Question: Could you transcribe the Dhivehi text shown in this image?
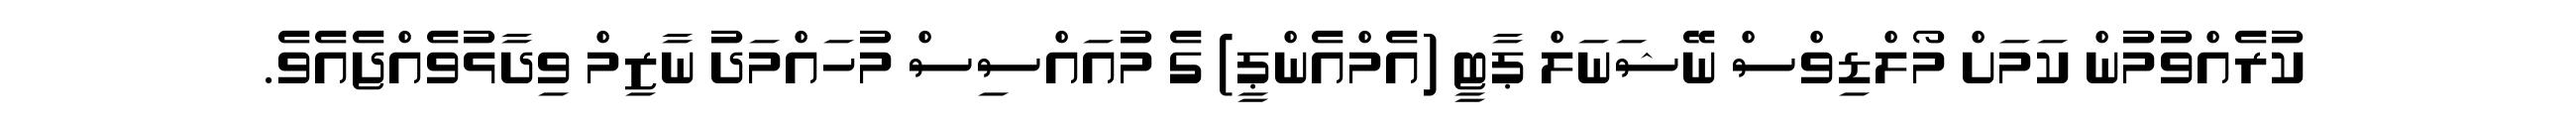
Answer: ކުރެއްވުމުން ކަމަށް މޯލްޑިވްސް ނޭޝަނަލް ޕާޓީ (އެމްއެންޕީ) ގެ މުއައްސިސް މުހައްމަދު ނާޒިމް ވިދާޅުވެއްޖެއެވެ.